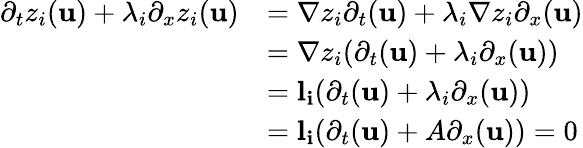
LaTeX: \begin{array}{rl}{\partial_{t}z_{i}(\mathbf{u})+\lambda_{i}\partial_{x}z_{i}(\mathbf{u})}&{=\nabla z_{i}\partial_{t}(\mathbf{u})+\lambda_{i}\nabla z_{i}\partial_{x}(\mathbf{u})}\\ &{=\nabla z_{i}(\partial_{t}(\mathbf{u})+\lambda_{i}\partial_{x}(\mathbf{u}))}\\ &{=\mathbf{l_{i}}(\partial_{t}(\mathbf{u})+\lambda_{i}\partial_{x}(\mathbf{u}))}\\ &{=\mathbf{l_{i}}(\partial_{t}(\mathbf{u})+A\partial_{x}(\mathbf{u}))=0}\end{array}